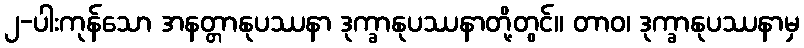
၂-ပါးကုန်သော အနတ္တာနုပဿနာ ဒုက္ခာနုပဿနာတို့တွင်။ တာဝ၊ ဒုက္ခာနုပဿနာမှ